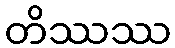
တိဿဿ